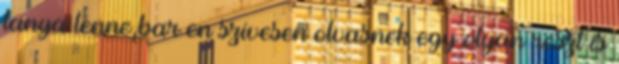
lanya lenne,bar en szivesen olvasnek egy olyan reszt is